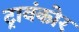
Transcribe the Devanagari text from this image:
ट्रावंकोर